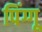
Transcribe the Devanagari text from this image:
पिंग्गू